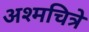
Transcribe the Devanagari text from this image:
अश्मचित्रे